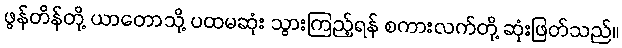
ဖွန်တိန်တို့ ယာတောသို့ ပထမဆုံး သွားကြည့်ရန် စကားလက်တို့ ဆုံးဖြတ်သည်။